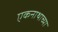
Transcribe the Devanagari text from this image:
एकनाथाच्या